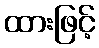
ထားဖြင့်